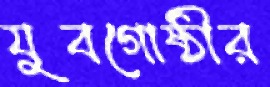
যুবগোষ্ঠীর